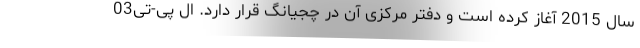
سال 2015 آغاز کرده است و دفتر مرکزی آن در چجیانگ قرار دارد. ال پی-تی03